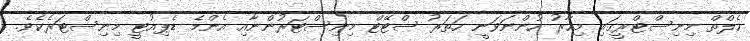
ހެލްތް މިނިސްޓްރީގައި މިހާރު ހުންނަވަނީ ހަތަރު ސްޓޭޓް މިނިސްޓަރުންނާއި އެންމެ ޑެޕިއުޓީ މިނިސްޓަރެކެވެ.